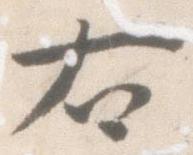
右